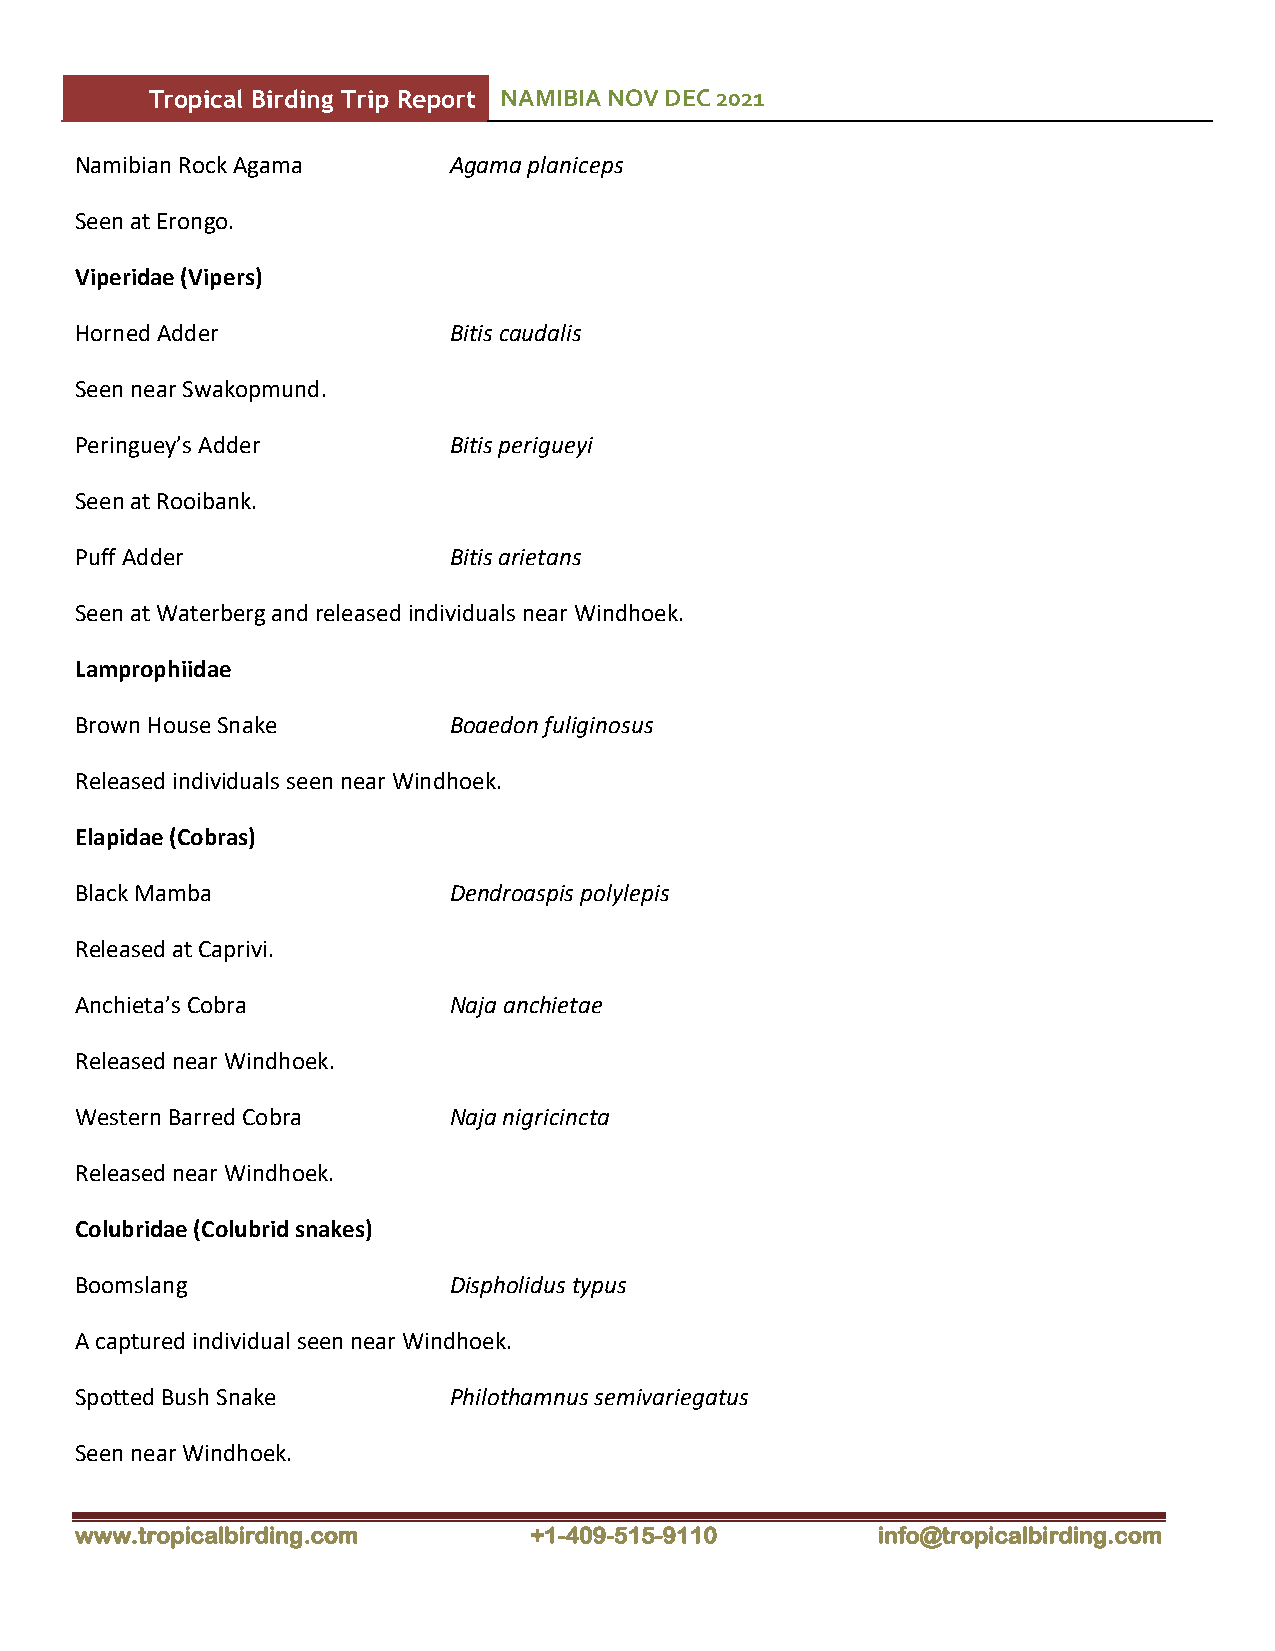
Tropical Birding Trip Report NAMIBIA NOV DEC 2021
 Namibian Rock Agama      Agama planiceps
 Seen at Erongo.
 Viperidae (Vipers)
 Horned Adder             Bitis caudalis
 Seen near Swakopmund.
 Peringuey’s Adder        Bitis perigueyi
 Seen at Rooibank.
 Puff Adder               Bitis arietans
 Seen at Waterberg and released individuals near Windhoek.
 Lamprophiidae
 Brown House Snake        Boaedon fuliginosus
 Released individuals seen near Windhoek.
 Elapidae (Cobras)
 Black Mamba              Dendroaspis polylepis
 Released at Caprivi.
 Anchieta’s Cobra         Naja anchietae
 Released near Windhoek.
 Western Barred Cobra     Naja nigricincta
 Released near Windhoek.
 Colubridae (Colubrid snakes)
 Boomslang                Dispholidus typus
 A captured individual seen near Windhoek.
 Spotted Bush Snake       Philothamnus semivariegatus
 Seen near Windhoek.
 www.tropicalbirding.com       +1-409-515-9110        info@tropicalbirding.com